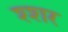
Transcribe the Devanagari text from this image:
श्शर